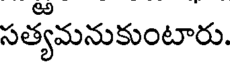
సత్యమనుకుంటారు.